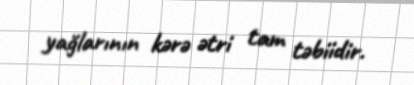
yağlarının kərə ətri tam təbiidir.